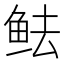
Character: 𱇜